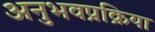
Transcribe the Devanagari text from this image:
अनुभवप्रक्रिया